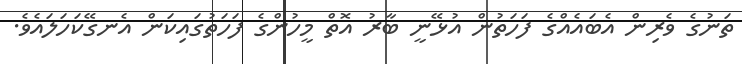
ތަނުގެ ވެރިން އެބައެއްގެ ފަހަތުން އުޅޭނީ ބާރު އޮތް މީހުންގެ ފަހަތުގައިކަން އެނގޭކަހަލައެވެ.